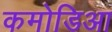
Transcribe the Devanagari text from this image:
कमोडिआ